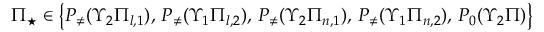
\Pi _ { \star } \in \big \{ P _ { \neq } ( \Upsilon _ { 2 } \Pi _ { l , 1 } ) , \, P _ { \neq } ( \Upsilon _ { 1 } \Pi _ { l , 2 } ) , \, P _ { \neq } ( \Upsilon _ { 2 } \Pi _ { n , 1 } ) , \, P _ { \neq } ( \Upsilon _ { 1 } \Pi _ { n , 2 } ) , \, P _ { 0 } ( \Upsilon _ { 2 } \Pi ) \big \}